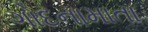
ગોદનામાતા